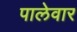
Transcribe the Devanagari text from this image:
पालेवार